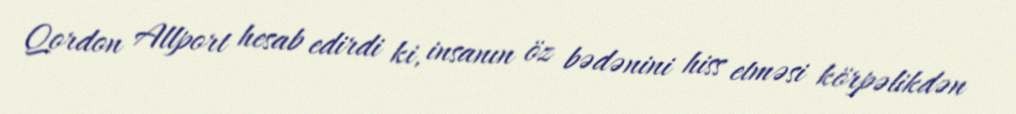
Qordon Allport hesab edirdi ki, insanın öz bədənini hiss etməsi körpəlikdən